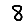
Digit: 8